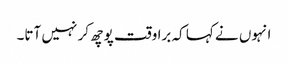
انہوں نے کہا کہ برا وقت پوچھ کر نہیں آتا۔